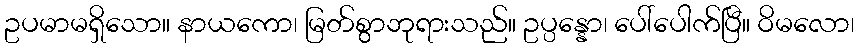
ဥပမာမရှိသော။ နာယကော၊ မြတ်စွာဘုရားသည်။ ဥပ္ပန္နော၊ ပေါ်ပေါက်ပြီ။ ဝိမလော၊